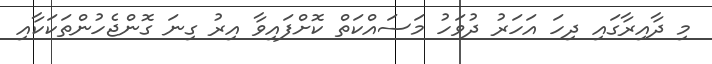
މި ދާއިރާގައި ދިހަ އަހަރު ދުވަހު މަސައްކަތް ކޮށްފައިވާ އިރު ގިނަ ގޮންޖެހުންތަކަކާއި